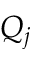
Q _ { j }